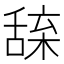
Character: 𦧢